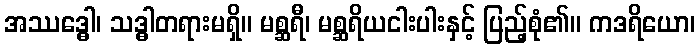
အဿဒ္ဓေါ၊ သဒ္ဓါတရားမရှိ။ မစ္ဆရီ၊ မစ္ဆရိယငါးပါးနှင့် ပြည့်စုံ၏။ ကဒရိယော၊